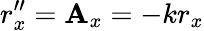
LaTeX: r_{x}^{\prime\prime}=\mathbf{A}_{x}=-kr_{x}